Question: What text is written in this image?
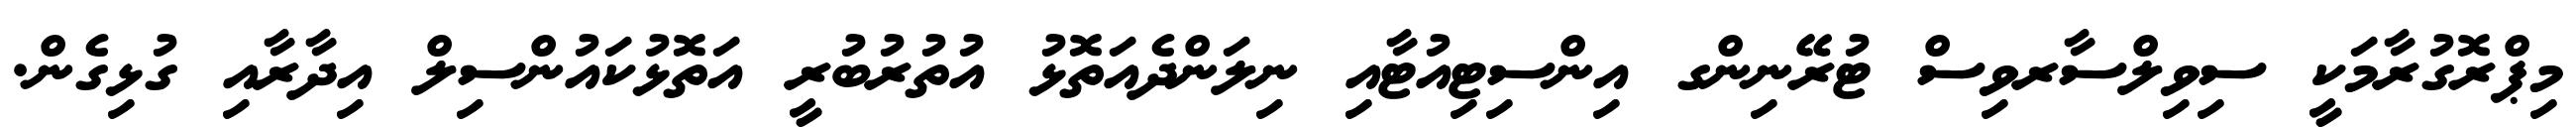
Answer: މިޕްރޮގުރާމަކީ ސިވިލްސާރވިސް ޓުރޭނިންގ އިންސިޓިއުޓާއި ނިލަންދެއަތޮޅު އުތުރުބުރީ އަތޮޅުކައުންސިލް އިދާރާއި ގުޅިގެން.